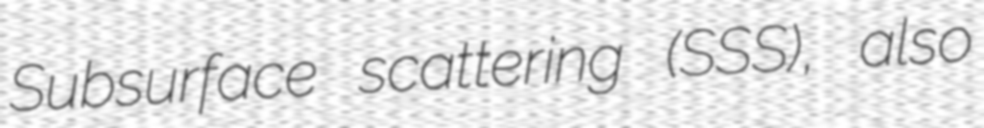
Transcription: Subsurface scattering (SSS), also